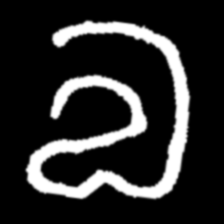
Pyu character \u2014 Myanmar letter: လ (romanized: la)